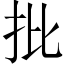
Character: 批